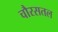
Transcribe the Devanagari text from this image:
चौरसतल